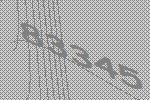
83345